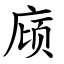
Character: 庼